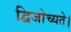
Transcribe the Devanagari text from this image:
द्विजोच्यते।